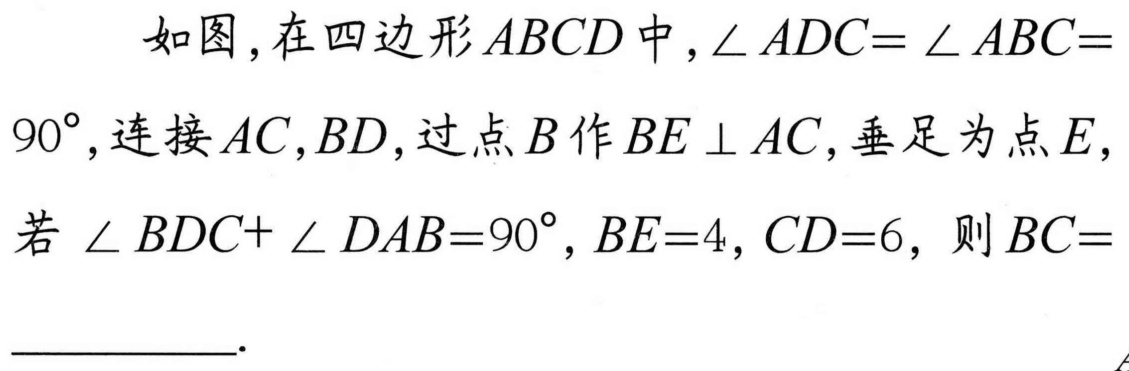
如图,在四边形\(ABCD\)中,\(\angle ADC=\angle ABC = 90^{\circ}\),连接\(AC,BD\),过点\(B\)作\(BE\perp AC\),垂足为点\(E\),
若\(\angle BDC+\angle DAB = 90^{\circ},BE = 4,CD = 6\)，则\(BC=\)__________.